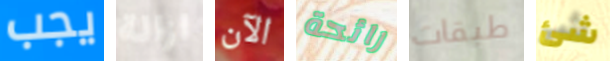
يجب ازالة الآن رائحة طبقات شئ